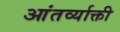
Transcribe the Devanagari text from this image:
आंतर्व्याक्ती